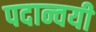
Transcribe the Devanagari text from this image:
पदान्वयी